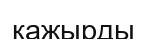
қажырды